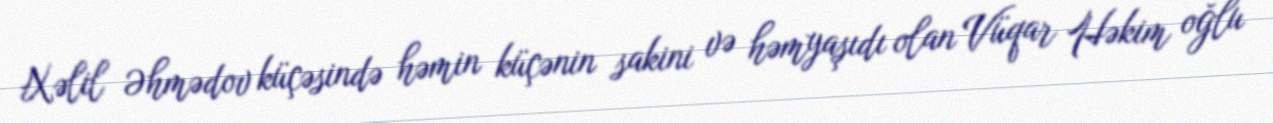
Xəlil Əhmədov küçəsində həmin küçənin sakini və həmyaşıdı olan Vüqar Həkim oğlu